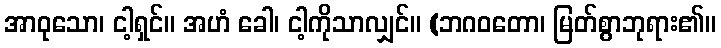
အာဝုသော၊ ငါ့ရှင်။ အဟံ ခေါ၊ ငါ့ကိုသာလျှင်။ (ဘဂဝတော၊ မြတ်စွာဘုရား၏။